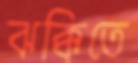
ঝক্কিতে